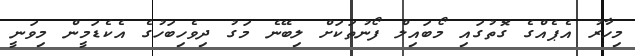
މިހާރު އެޕެއްގެ ގޮތުގައި މޯބައިލް ފޯނުތަކަށް ލިބޭނެ މަގު ދިވެހިބަހުގެ އެކެޑަމީން މިވަނީ